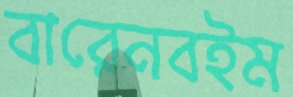
বারেনবইম